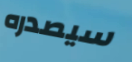
سيصدره